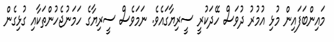
މައިންބަފައިން މުޅި އުމުރު ދުވަސް ހޭދަކުރީ ސީރިޔާގައެވެ. ނަމަވެސް ސީރިޔާގެ ހަމަނުޖެހުންތަކާއި ގުޅިގެން